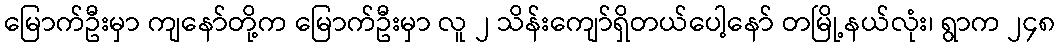
မြောက်ဦးမှာ ကျနော်တို့က မြောက်ဦးမှာ လူ ၂ သိန်းကျော်ရှိတယ်ပေါ့နော် တမြို့နယ်လုံး၊ ရွာက ၂၄၈